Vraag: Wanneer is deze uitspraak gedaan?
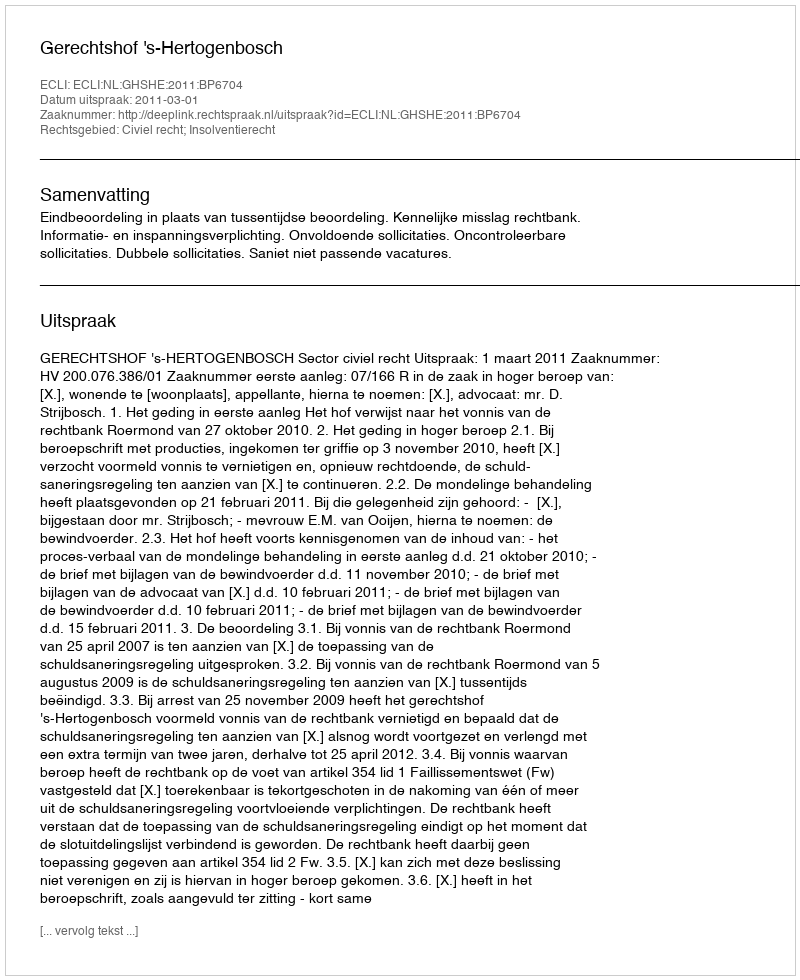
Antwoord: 2011-03-01